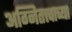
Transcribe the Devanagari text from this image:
अग्नितत्त्वाच्या